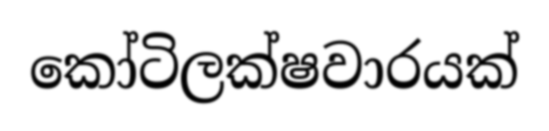
කෝටිලක්ෂවාරයක්